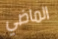
الماضي